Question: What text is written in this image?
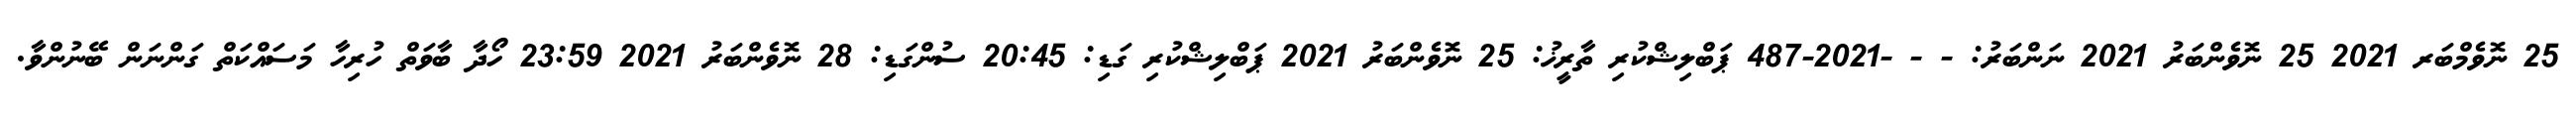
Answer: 25 ނޮވެމްބަރ 2021 25 ނޮވެންބަރު 2021 ނަންބަރު: - - -2021-487 ޕަބްލިޝްކުރި ތާރީޚު: 25 ނޮވެންބަރު 2021 ޕަބްލިޝްކުރި ގަޑި: 20:45 ސުންގަޑި: 28 ނޮވެންބަރު 2021 23:59 ހޯދާ ބާވަތް ހުރިހާ މަސައްކަތް ގަންނަން ބޭނުންވާ.